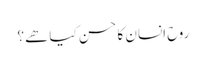
روح انسان کا حسن کیا ھے؟